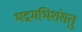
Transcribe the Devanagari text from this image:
भद्रमभिशंसतु